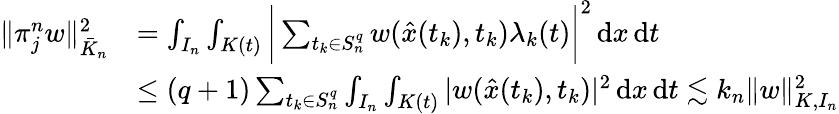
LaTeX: \begin{array}{rl}{\| \pi_{j}^{n}w\| _{\bar{K}_{n}}^{2}}&{=\int_{I_{n}}\int_{K(t)}\bigg|\sum_{t_{k}\in S_{n}^{q}}w(\hat{x}(t_{k}),t_{k})\lambda_{k}(t)\bigg|^{2}\, \mathrm{d}x\, \mathrm{d}t}\\ &{\leq(q+1)\sum_{t_{k}\in S_{n}^{q}}\int_{I_{n}}\int_{K(t)}|w(\hat{x}(t_{k}),t_{k})|^{2}\, \mathrm{d}x\, \mathrm{d}t\lesssim k_{n}\| w\| _{K,I_{n}}^{2}}\end{array}